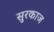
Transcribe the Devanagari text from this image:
सुरकाज